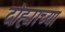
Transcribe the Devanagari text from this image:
दोह्याच्या